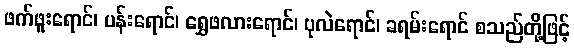
ဖက်ဖူးရောင်၊ ပန်းရောင်၊ ရွှေဖလားရောင်၊ ပုလဲရောင်၊ ခရမ်းရောင် စသည်တို့ဖြင့်